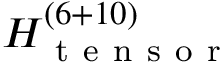
H _ { \mathrm { ~ t ~ e ~ n ~ s ~ o ~ r ~ } } ^ { ( 6 + 1 0 ) }